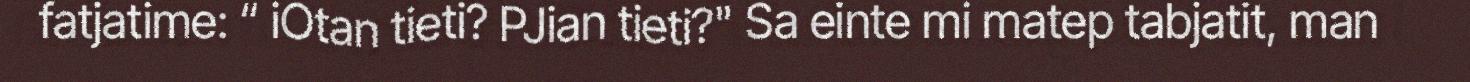
fatjatime: “ iOtan tieti? PJian tieti?" Sa einte mi matep tabjatit, man